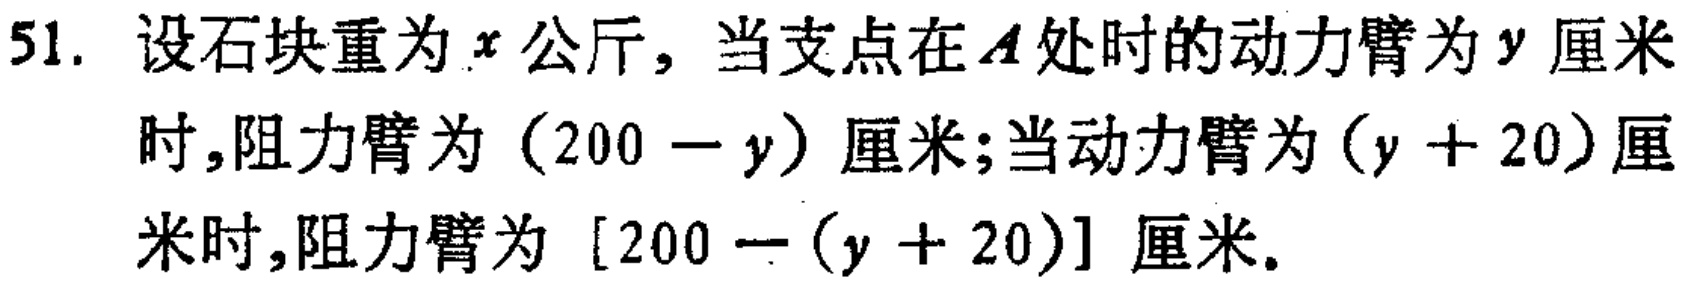
51. 设石块重为\(x\)公斤，当支点在\(A\)处时的动力臂为\(y\)厘米时,阻力臂为\((200 - y)\)厘米;当动力臂为\((y + 20)\)厘米时,阻力臂为\([200-(y + 20)]\)厘米。